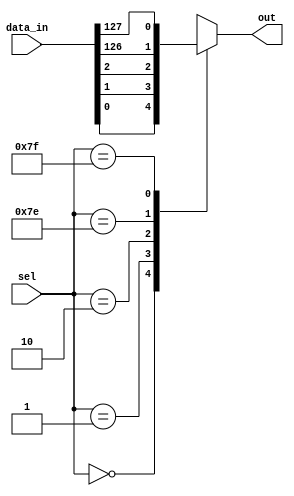
module mux_128to1 (
    input [127:0] data_in,
    input [6:0] sel,
    output reg out
);

always @(*) begin
    case(sel)
        7'b0000000: out = data_in[0];
        7'b0000001: out = data_in[1];
        7'b0000010: out = data_in[2];
        // Add cases for selection lines 3 to 126
        7'b1111110: out = data_in[126];
        7'b1111111: out = data_in[127];
        default: out = 1'bx; // Output undefined if selection lines do not match any case
    endcase
end

endmodule